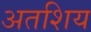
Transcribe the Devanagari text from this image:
अतशिय